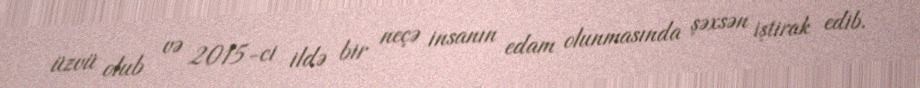
üzvü olub və 2015-ci ildə bir neçə insanın edam olunmasında şəxsən iştirak edib.